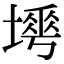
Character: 𡐟